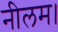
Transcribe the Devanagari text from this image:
नीलम।